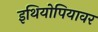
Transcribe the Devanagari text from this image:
इथियोपियावर